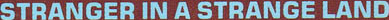
STRANGER IN A STRANGE LAND